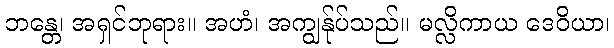
ဘန္တေ၊ အရှင်ဘုရား။ အဟံ၊ အကျွန်ုပ်သည်။ မလ္လိကာယ ဒေဝိယာ၊